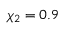
\chi _ { 2 } = 0 . 9